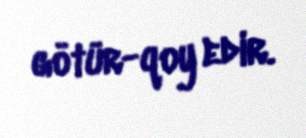
götür-qoy edir.